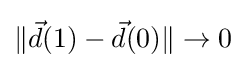
\Vert {\vec {d}}(1)-{\vec {d}}(0)\Vert \to 0